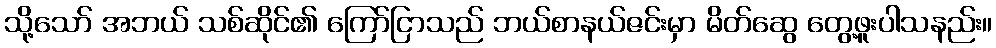
သို့သော် အဘယ် သစ်ဆိုင်၏ ကြော်ငြာသည် ဘယ်စာနယ်ဇင်းမှာ မိတ်ဆွေ တွေ့ဖူးပါသနည်း။